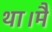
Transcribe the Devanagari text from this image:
था।मैं